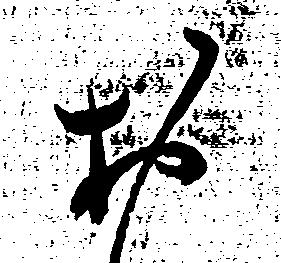
お